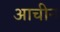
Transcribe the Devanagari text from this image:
आचीन